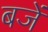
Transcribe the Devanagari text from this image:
बजें